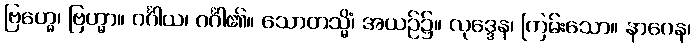
ဗြဟ္မေ၊ ဗြဟ္မာ။ ဂင်္ဂါယ၊ ဂင်္ဂါ၏။ သောတသ္မိံ၊ အယဉ်၌။ လုဒ္ဒေန၊ ကြမ်းသော။ နာဂေန၊